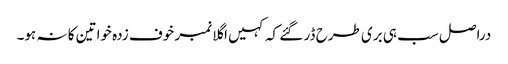
دراصل سب ہی بری طرح ڈر گئے کہ کہیں اگلا نمبر خوف زدہ خواتین کا نہ ہو۔